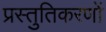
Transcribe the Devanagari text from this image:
प्रस्तुतिकरणों